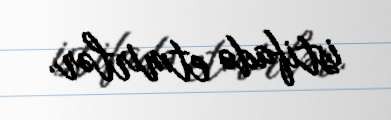
istifadə etmirlər.